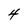
Character: 4